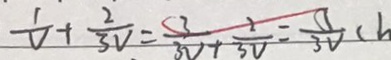
\frac { 1 } { V } + \frac { 2 } { 3 V } = \frac { 3 } { 3 V } + \frac { 2 } { 3 V } = \frac { 5 } { 3 V } ( h